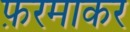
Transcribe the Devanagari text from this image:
फ़रमाकर